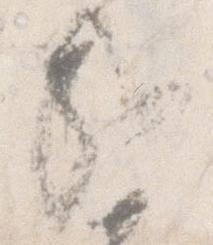
哉